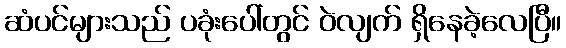
ဆံပင်များသည် ပခုံးပေါ်တွင် ဝဲလျက် ရှိနေခဲ့လေပြီ။